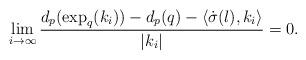
LaTeX: \begin{align*} \lim_{i \to \infty} \frac{d_p(\exp_q(k_i)) - d_p(q) - \langle \dot{\sigma}(l) , k_i \rangle}{|k_i|} =0.\end{align*}